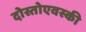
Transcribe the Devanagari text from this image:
दोस्तोएवस्की